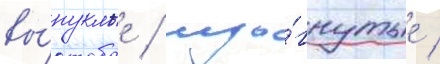
вы́пуклые / изо́гнутые /